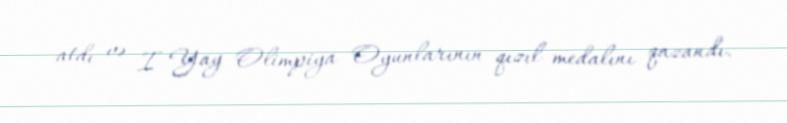
atdı və I Yay Olimpiya Oyunlarının qızıl medalını qazandı.